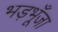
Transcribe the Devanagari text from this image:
भड़भूँजा